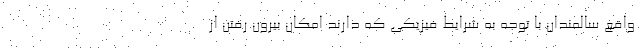
واقع سالمندان با توجه به شرایط فیزیکی که دارند امکان بیرون رفتن از